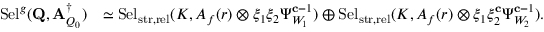
\begin{array} { r l } { \mathrm { S e l } ^ { { \boldsymbol { g } } } ( \mathbf { Q } , \mathbf { A } _ { Q _ { 0 } } ^ { \dagger } ) } & { \simeq \mathrm { S e l } _ { { \mathrm { s t r } , \mathrm { r e l } } } ( K , A _ { f } ( r ) \otimes \xi _ { 1 } \xi _ { 2 } \Psi _ { W _ { 1 } } ^ { \mathbf { c } - 1 } ) \oplus \mathrm { S e l } _ { { \mathrm { s t r } , \mathrm { r e l } } } ( K , A _ { f } ( r ) \otimes \xi _ { 1 } \xi _ { 2 } ^ { \mathbf { c } } \Psi _ { W _ { 2 } } ^ { \mathbf { c } - 1 } ) . } \end{array}